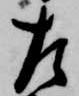
左